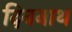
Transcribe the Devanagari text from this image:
दिननाथ